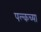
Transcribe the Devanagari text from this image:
पल्कच्या